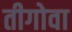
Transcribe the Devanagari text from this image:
तीगोवा